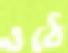
ওঠে